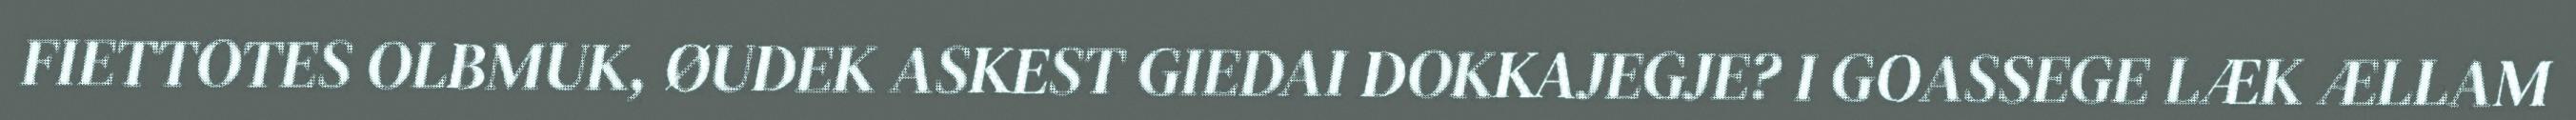
FIETTOTES OLBMUK, ØUDEK ASKEST GIEDAI DOKKAJEGJE? I GOASSEGE LÆK ÆLLAM